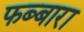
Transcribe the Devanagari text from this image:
फब्बारा